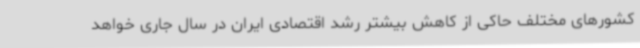
کشورهای مختلف حاکی از کاهش بیشتر رشد اقتصادی ایران در سال جاری خواهد